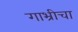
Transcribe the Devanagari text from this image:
गाभ्रीचा